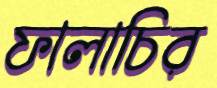
ফালাচির